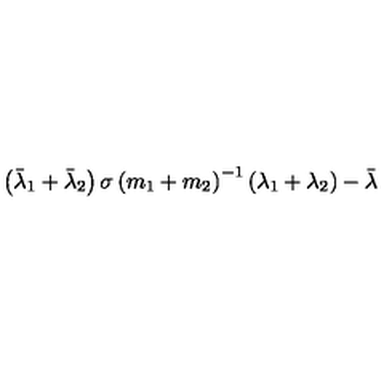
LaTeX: \left( \bar { \lambda } _ { 1 } + \bar { \lambda } _ { 2 } \right) \sigma \left( m _ { 1 } + m _ { 2 } \right) ^ { - 1 } \left( \lambda _ { 1 } + \lambda _ { 2 } \right) - \bar { \lambda }